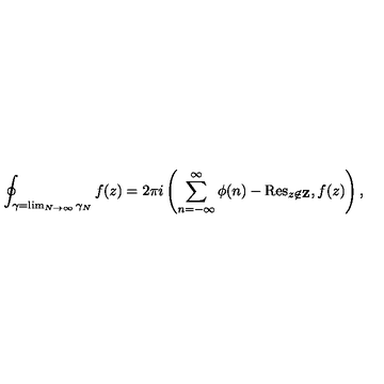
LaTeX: \oint _ { \gamma = \lim _ { N \rightarrow \infty } \gamma _ { N } } f ( z ) = 2 \pi i \left( \sum _ { n = - \infty } ^ { \infty } \phi ( n ) - \mathrm { R e s } _ { z \not \in { \bf Z } } , f ( z ) \right) ,